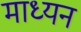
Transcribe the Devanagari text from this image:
माध्यन